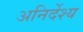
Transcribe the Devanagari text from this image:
अनिर्देश्य